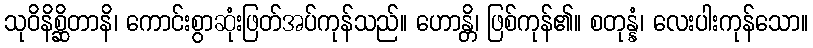
သုဝိနိစ္ဆိတာနိ၊ ကောင်းစွာဆုံးဖြတ်အပ်ကုန်သည်။ ဟောန္တိ၊ ဖြစ်ကုန်၏။ စတုန္နံ၊ လေးပါးကုန်သော။